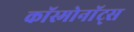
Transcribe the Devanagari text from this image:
काॅस्मोनाॅट्स